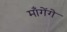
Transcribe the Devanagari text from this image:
माँगेंगे